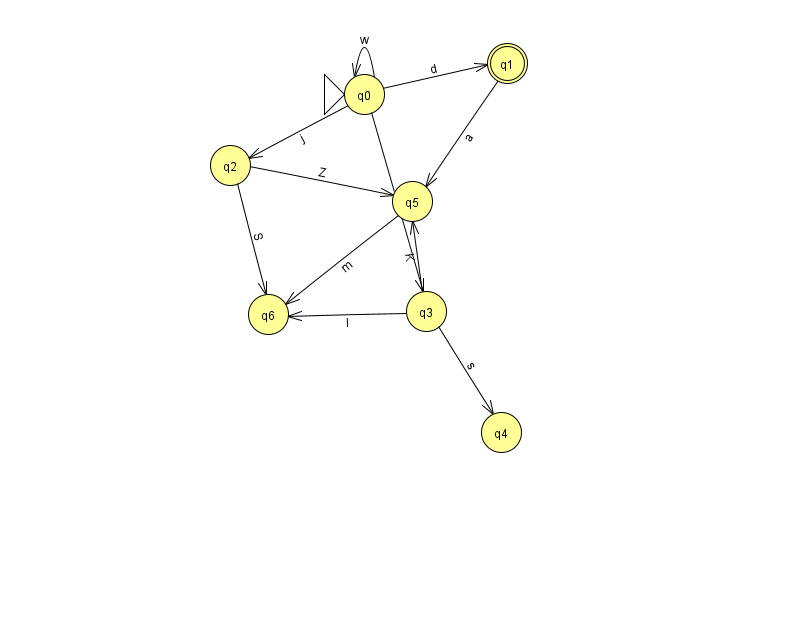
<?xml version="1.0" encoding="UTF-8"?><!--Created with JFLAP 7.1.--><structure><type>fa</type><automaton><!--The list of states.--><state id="0" name="q0"><x>364.0</x><y>81.0</y><initial/></state><state id="1" name="q1"><x>507.0</x><y>50.0</y><final/></state><state id="2" name="q2"><x>230.0</x><y>152.0</y></state><state id="3" name="q3"><x>426.0</x><y>298.0</y></state><state id="4" name="q4"><x>501.0</x><y>419.0</y></state><state id="5" name="q5"><x>412.0</x><y>188.0</y></state><state id="6" name="q6"><x>268.0</x><y>301.0</y></state><!--The list of transitions.--><transition><from>2</from><to>5</to><read>Z</read></transition><transition><from>5</from><to>6</to><read>m</read></transition><transition><from>1</from><to>5</to><read>a</read></transition><transition><from>3</from><to>4</to><read>s</read></transition><transition><from>2</from><to>6</to><read>S</read></transition><transition><from>3</from><to>6</to><read>I</read></transition><transition><from>0</from><to>0</to><read>w</read></transition><transition><from>0</from><to>2</to><read>j</read></transition><transition><from>0</from><to>3</to><read>b</read></transition><transition><from>3</from><to>5</to><read>K</read></transition><transition><from>0</from><to>1</to><read>d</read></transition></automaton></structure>